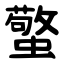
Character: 蟼